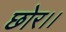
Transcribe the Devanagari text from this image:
छोर।।